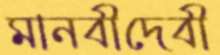
মানবীদেবী